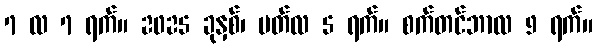
7 လ 7 ရက်။ 2025 ခုနှစ်၊ မတ်လ 5 ရက်။ စက်တင်ဘာလ 9 ရက်။